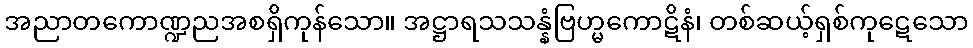
အညာတကောဏ္ဍညအစရှိကုန်သော။ အဋ္ဌာရသသန္နံဗြဟ္မကောဋိနံ၊ တစ်ဆယ့်ရှစ်ကုဋေသော